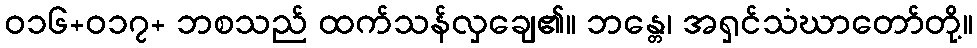
ဝ၁၆+ဝ၁၇+ ဘစသည် ထက်သန်လှချေ၏။ ဘန္တေ၊ အရှင်သံဃာတော်တို့။